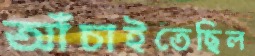
আঁচাইতেছিল